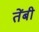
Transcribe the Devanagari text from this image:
तेंबी